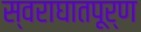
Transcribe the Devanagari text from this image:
स्वराघातपूर्ण